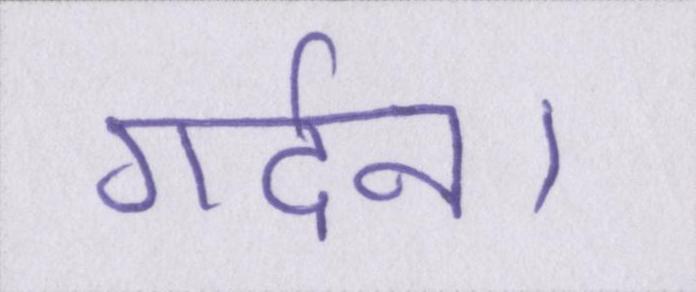
गर्दन।